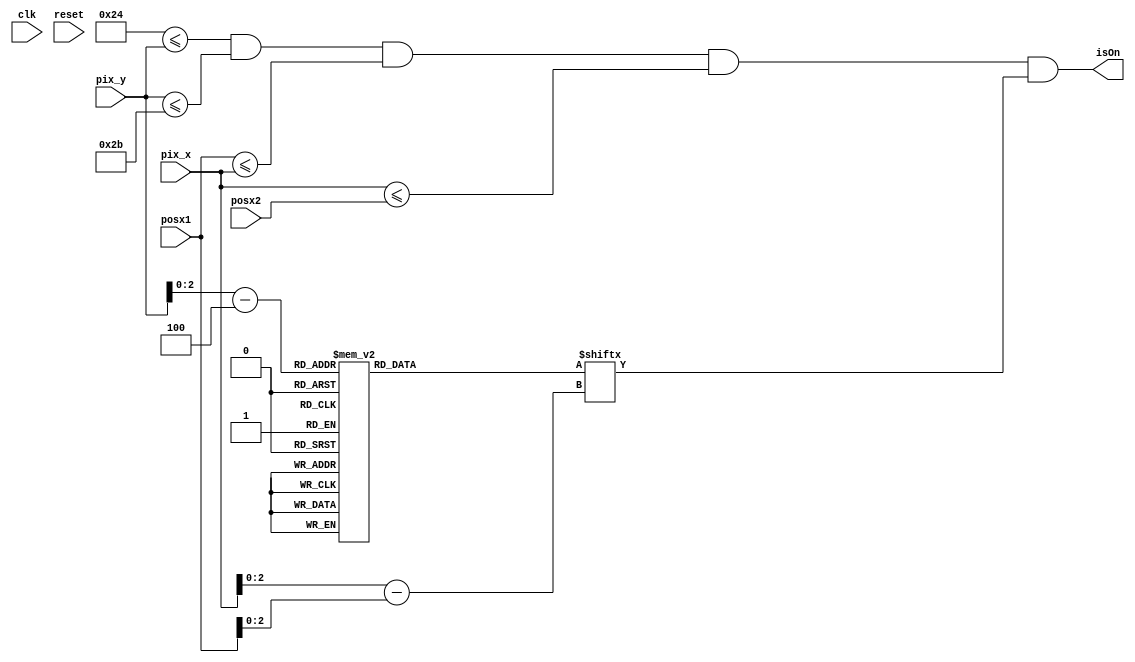
`timescale 1ns / 1ps


module text_scoreboardE(
    input wire clk, reset,
    input wire [9:0] posx1, posx2,
    input wire [9:0] pix_x, pix_y,
    output wire isOn
    );
    
    localparam posy1 = 36;
    localparam posy2 = 43;
    //signal declaration
    wire [2:0] rom_addr1, rom_col1;
    reg [55:0] rom_data1;
    wire rom_bit1;
     
     always @*
     begin
     case (rom_addr1)
            //3'h0: rom_data1 = 56'b00111111_00000011_00111100_11000011_11111111_00111111_00011100_; //   ****
            //3'h1: rom_data1 = 56'b01100011_00000011_01100110_11000011_00000011_01100011_00011110_; //  **  **
            //3'h2: rom_data1 = 56'b11000011_00000011_11000011_01100110_00000011_11000011_00011011_; // **   ***
            //3'h3: rom_data1 = 56'b01100011_00000011_11111111_00111100_11111111_01100011_00011000_; // **  * **
            //3'h4: rom_data1 = 56'b00111111_00000011_11000011_00011000_11111111_00111111_00011000_; // ** *  **
            //3'h5: rom_data1 = 56'b00000011_00000011_11000011_00011000_00000011_01100011_00011000_; // ***   **
            //3'h6: rom_data1 = 56'b00000011_00000011_11000011_00011000_00000011_11000011_00011000_; //  **  **
            //3'h7: rom_data1 = 56'b00000011_11111111_11000011_00011000_11111111_10000011_01111110_; //   ****
            3'h0: rom_data1 = 8'b11111111; //   ****
            3'h1: rom_data1 = 8'b00000011; //  **  **
            3'h2: rom_data1 = 8'b00000011; // **   ***
            3'h3: rom_data1 = 8'b11111111; // **  * **
            3'h4: rom_data1 = 8'b11111111; // ** *  **
            3'h5: rom_data1 = 8'b00000011; // ***   **
            3'h6: rom_data1 = 8'b00000011; //  **  **
            3'h7: rom_data1 = 8'b11111111; //   ****
            
      endcase
     end
            
     //output
      assign rom_addr1 = pix_y[2:0] - posy1[2:0];
      assign rom_bit1 = rom_data1[rom_col1];
      assign rom_col1 = pix_x[2:0] - posx1[2:0];
      assign isOn = (posy1<=pix_y) && (pix_y<=posy2) && (posx1<=pix_x) && (pix_x<=posx2) && rom_bit1;
endmodule